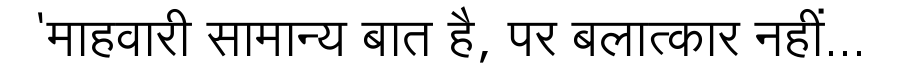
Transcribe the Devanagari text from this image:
'माहवारी सामान्य बात है, पर बलात्कार नहीं...